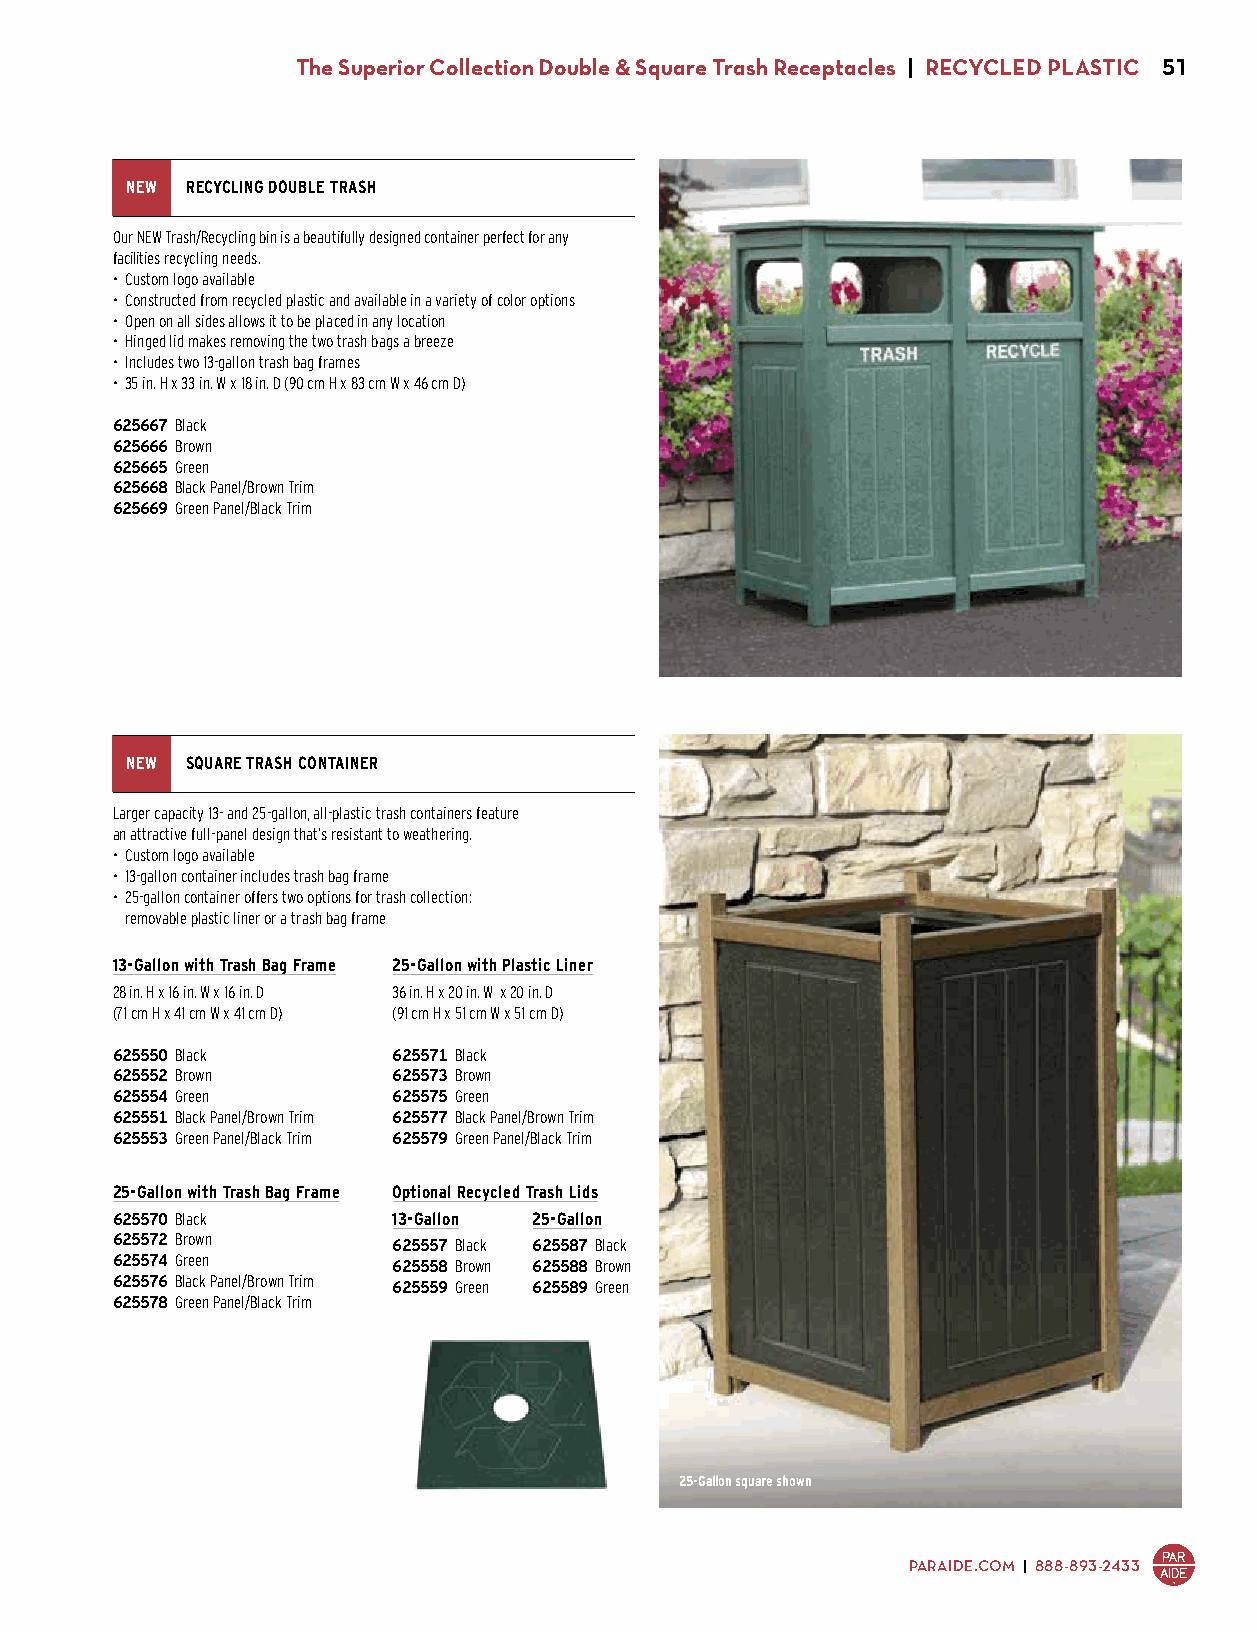
The Superior Collection Double & Square Trash Receptacles | RECYCLED PLASTIC 51
 NEW RECYCLING DOUBLE TRASH
 Our NEW Trash/Recycling bin is a beautifully designed container perfect for any
 facilities recycling needs.
 • Custom logo available
 • Constructed from recycled plastic and available in a variety of color options
 • Open on all sides allows it to be placed in any location
 • Hinged lid makes removing the two trash bags a breeze
 • Includes two 13-gallon trash bag frames
 • 35 in. H x 33 in. W x 18 in. D (90 cm H x 83 cm W x 46 cm D)
 625667 Black
 625666 Brown
 625665 Green
 625668 Black Panel/Brown Trim
 625669 Green Panel/Black Trim
 $625.00
 NEW SQUARE TRASH CONTAINER
 Larger capacity 13- and 25-gallon, all-plastic trash containers feature
 an attractive full-panel design that’s resistant to weathering.
 • Custom logo available
 • 13-gallon container includes trash bag frame
 • 25-gallon container offers two options for trash collection:
 removable plastic liner or a trash bag frame
 13-Gallon with Trash Bag Frame 25-Gallon with Plastic Liner
 28 in. H x 16 in. W x 16 in. D 36 in. H x 20 in. W x 20 in. D
 (71 cm H x 41 cm W x 41 cm D) (91 cm H x 51 cm W x 51 cm D)
 625550 Black       625571 Black
 625552 Brown       625573 Brown
 625554 Green       625575 Green
 625551 Black Panel/Brown Trim 625577 Black Panel/Brown Trim
 625553 Green Panel/Black Trim 625579 Green Panel/Black Trim
 $355.00            $505.00
 25-Gallon with Trash Bag Frame Optional Recycled Trash Lids
 625570 Black       13-Gallon 25-Gallon
 625572 Brown       625557 Black 625587 Black
 625574 Green       625558 Brown 625588 Brown
 625576 Black Panel/Brown Trim 625559 Green 625589 Green
 625578 Green Panel/Black Trim $14.00 $19.00
 $435.00
 25-Gallon square shown
 PARAIDE.COM | 888-893-2433